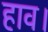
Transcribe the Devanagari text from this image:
हाव।